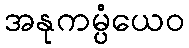
အနုကမ္ပံယေဝ